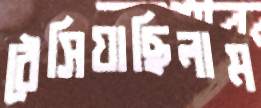
ঠেসিয়াছিলাম